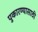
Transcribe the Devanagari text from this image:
पुकारण्यासाठी